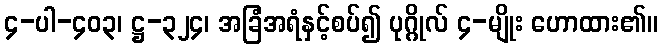
၄-ပါ-၄၀၃၊ ဋ္ဌ-၃၂၄၊ အခြံအရံနှင့်စပ်၍ ပုဂ္ဂိုလ် ၄-မျိုး ဟောထား၏။